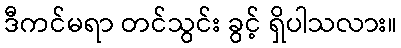
ဒီကင်မရာ တင်သွင်း ခွင့် ရှိပါသလား။